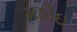
મઠોઇ